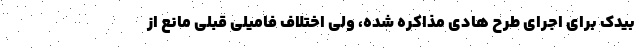
بیدک برای اجرای طرح هادی مذاکره شده، ولی اختلاف فامیلی قبلی مانع از